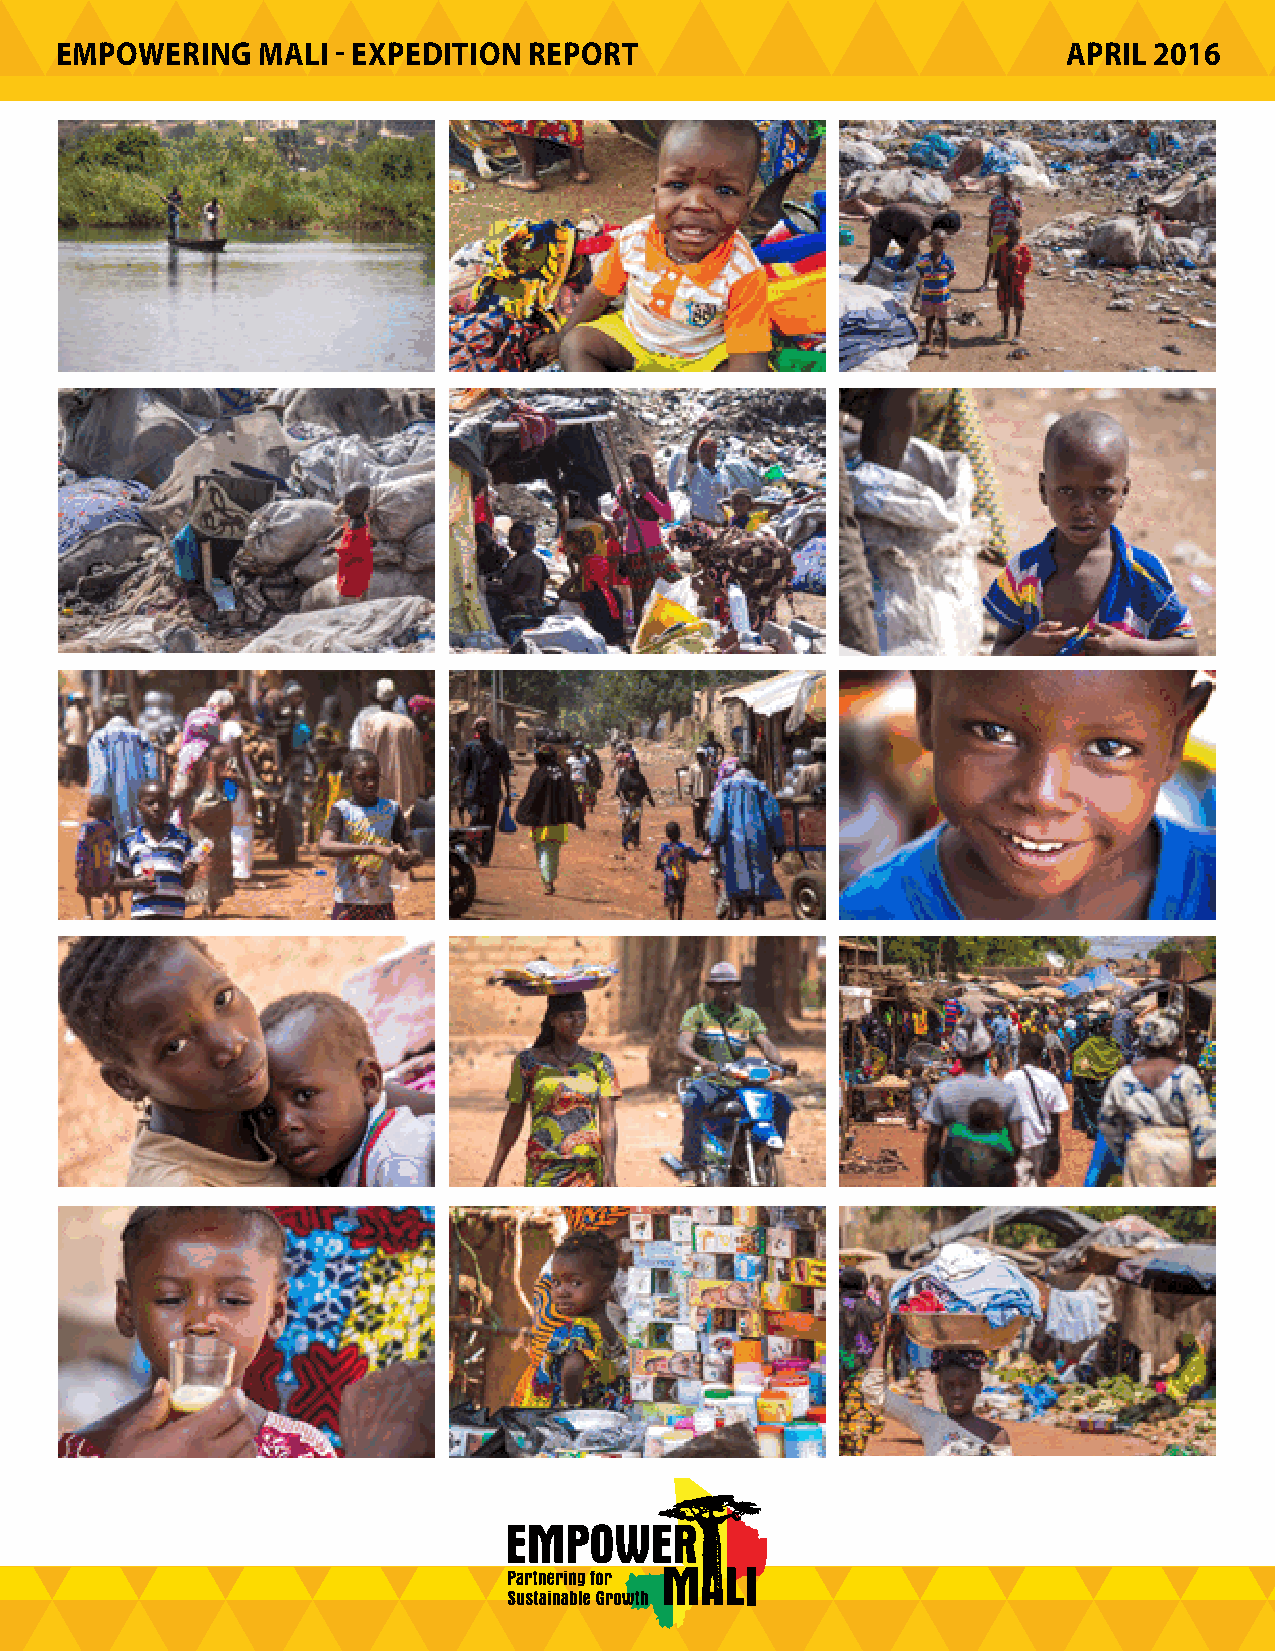
EMPOWERING   MALI - EXPEDITION REPORT                              APRIL 2016